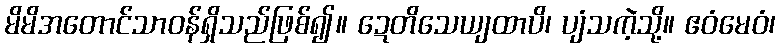
မိမိအတောင်သာဝန်ရှိသည်ဖြစ်၍။ ဍေတိသေယျထာပိ၊ ပျံသကဲ့သို့။ ဧဝံမေဝံ၊